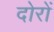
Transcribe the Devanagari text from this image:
दोरों